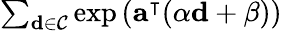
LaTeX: \begin{array}{r}{\sum_{\mathbf{d}\in\mathcal{C}}\exp\left(\mathbf{a}^{\intercal}(\alpha\mathbf{d}+\mathbf{\beta})\right)}\end{array}